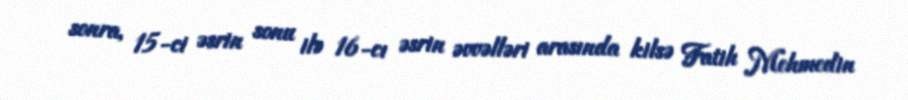
sonra, 15-ci əsrin sonu ilə 16-cı əsrin əvvəlləri arasında kilsə Fatih Mehmedin